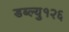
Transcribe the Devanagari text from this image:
डब्ल्यु१२६